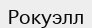
Рокуэлл